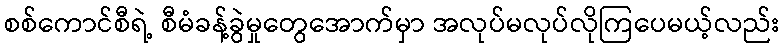
စစ်ကောင်စီရဲ့ စီမံခန့်ခွဲမှုတွေအောက်မှာ အလုပ်မလုပ်လိုကြပေမယ့်လည်း